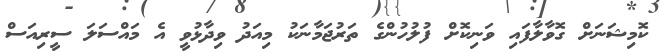
ކޮމިޝަނަށް ގޮވާލާފައި ވަނިކޮށް ފުލުހުންގެ ތަރުޖަމާނަކު މިއަދު ވިދާޅުވީ އެ މައްސަލަ ސީރިއަސް